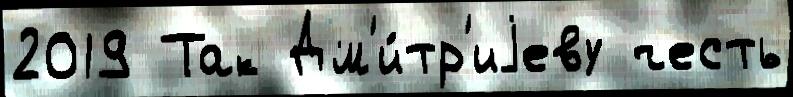
2019 Так Дм'и́тр'иjеву честь